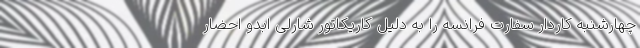
چهارشنبه کاردار سفارت فرانسه را به دلیل کاریکاتور شارلی ابدو احضار